65_HS1-834228961_62-HQ-83894_Section_4
Agency: FBI
Page 168
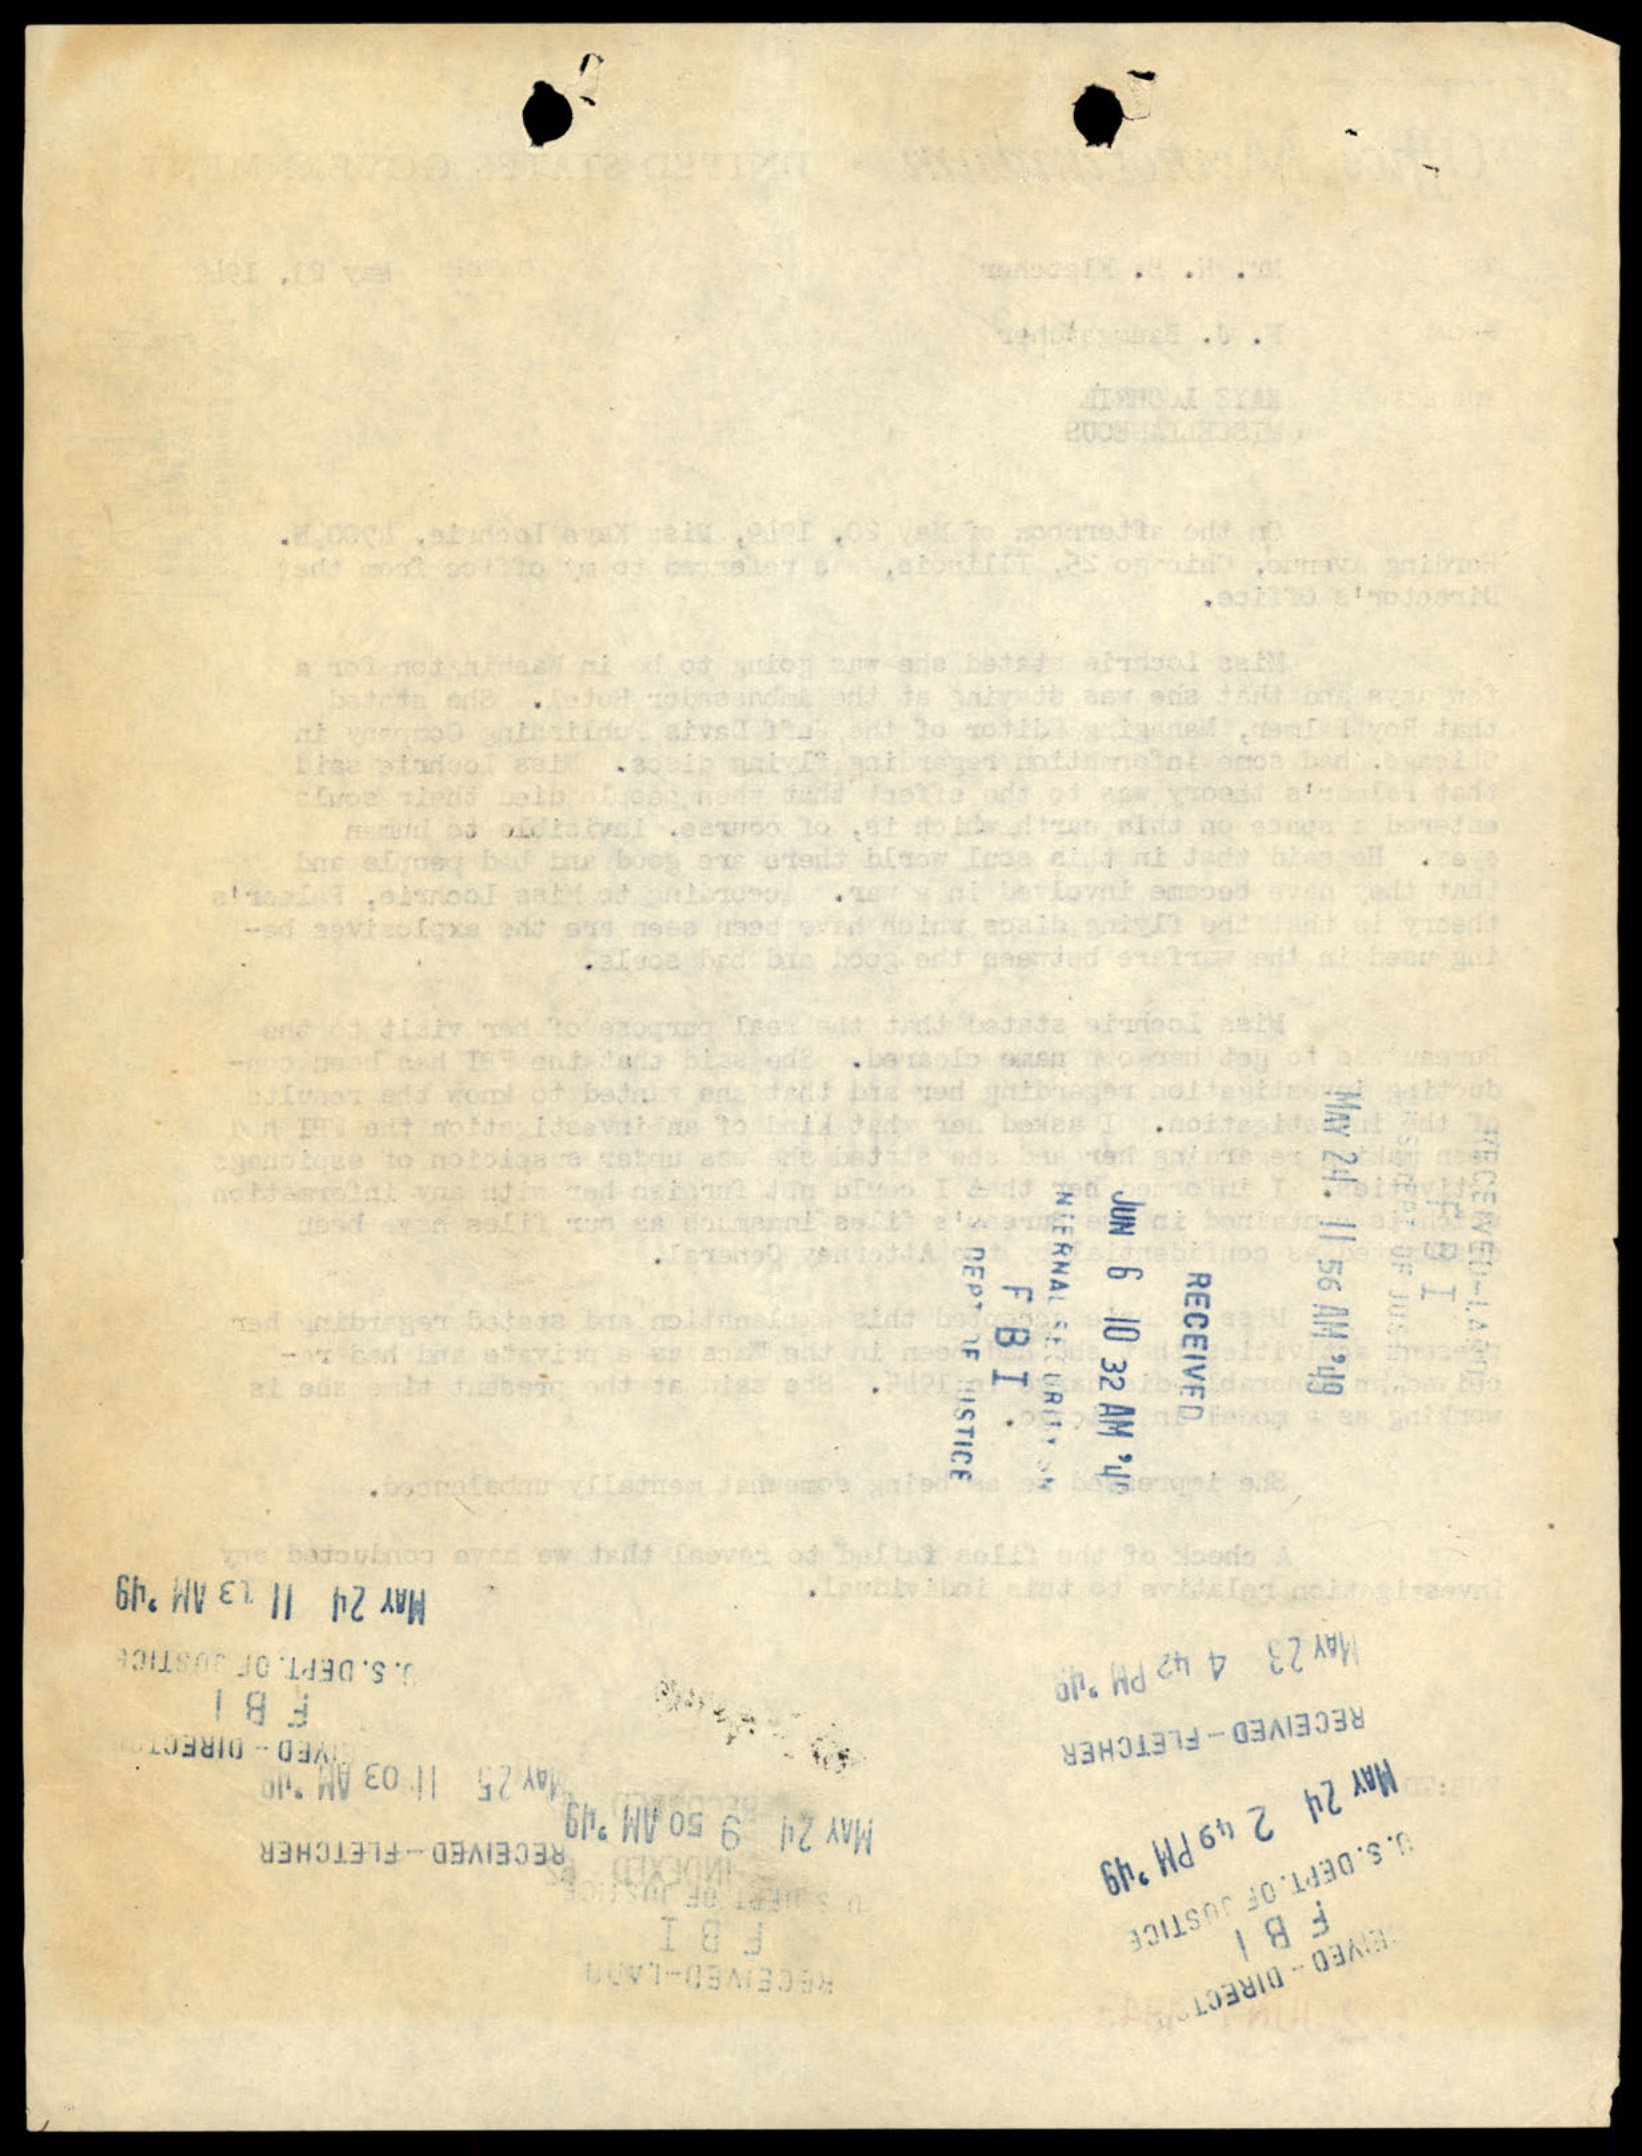